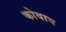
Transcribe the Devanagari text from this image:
कोवाव